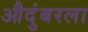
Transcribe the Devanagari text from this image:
औदुंबरला